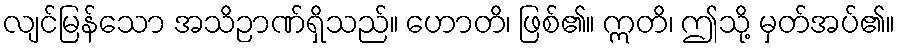
လျင်မြန်သော အသိဉာဏ်ရှိသည်။ ဟောတိ၊ ဖြစ်၏။ ဣတိ၊ ဤသို့ မှတ်အပ်၏။